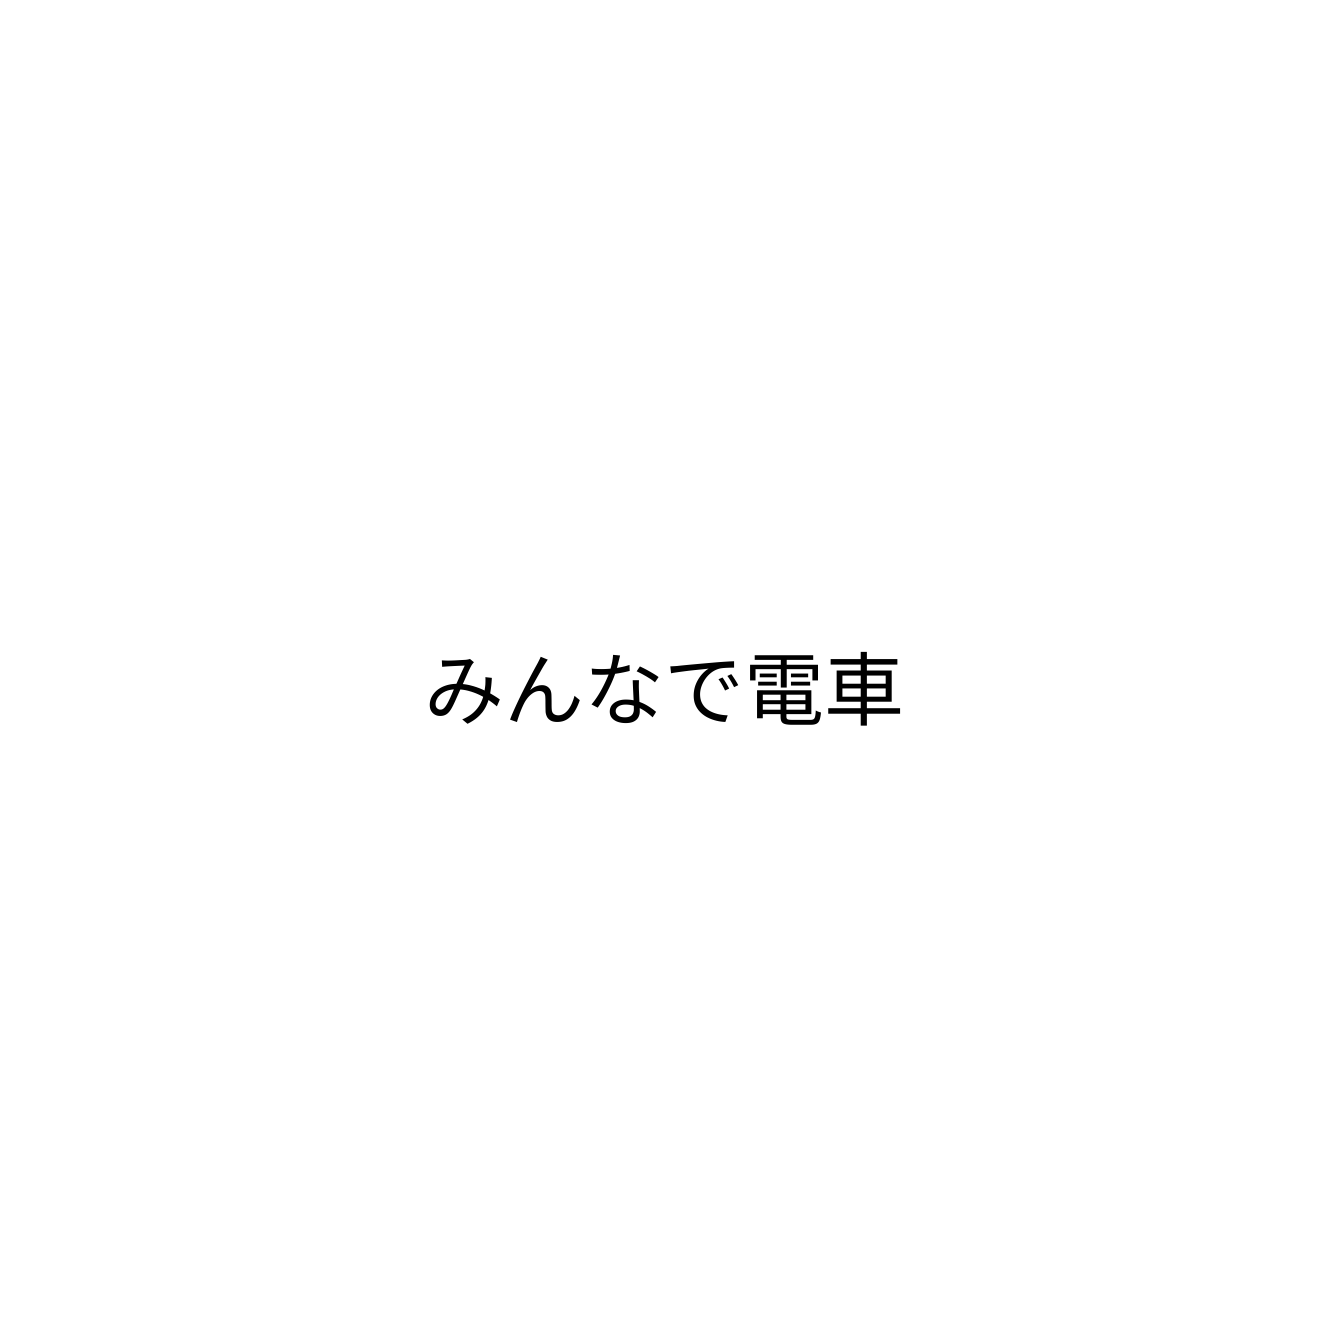
みんなで電車